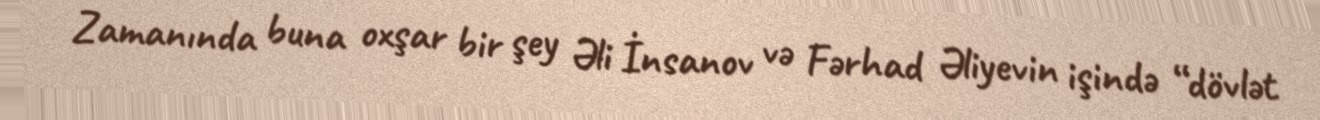
Zamanında buna oxşar bir şey Əli İnsanov və Fərhad Əliyevin işində “dövlət